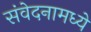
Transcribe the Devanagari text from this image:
संवेदनामध्ये